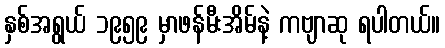
နှစ်အရွယ် ၁၉၅၉ မှာဖန်မီးအိမ်နဲ့ ကဗျာဆု ရပါတယ်။